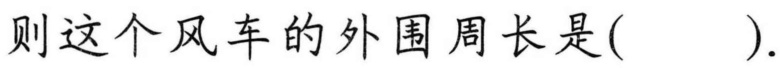
则这个风车的外围周长是(  ).